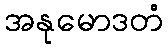
အနုမောဒတံ